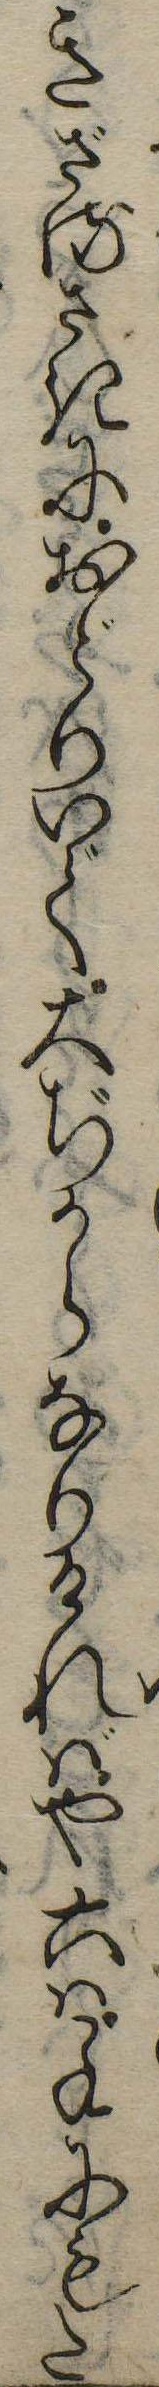
きざるさきにおどりいで大ぢからなりければや六は子にもた